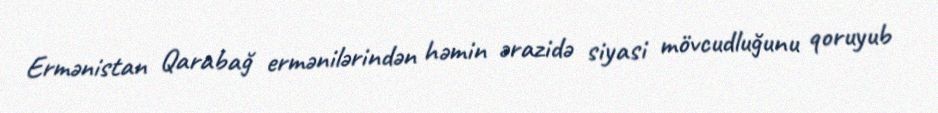
Ermənistan Qarabağ ermənilərindən həmin ərazidə siyasi mövcudluğunu qoruyub